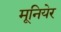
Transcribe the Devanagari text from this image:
मूनियेर